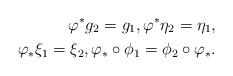
LaTeX: \begin{align*}\varphi^{\ast}g_{2} = g_{1}, \varphi^{\ast} \eta_{2} = \eta_{1}, \\\varphi_{{\ast}}\xi_{{1}} = \xi_{{2}}, \varphi_{{\ast}}\circ \phi_{1} = \phi_{2}\circ \varphi_{{\ast}}.\end{align*}